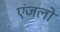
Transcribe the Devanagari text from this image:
एंजलो